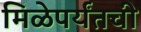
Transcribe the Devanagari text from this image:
मिळेपर्यंतची